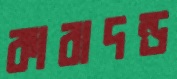
কারাদন্ড